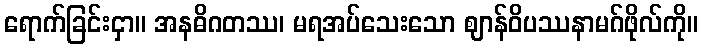
ရောက်ခြင်းငှာ။ အနဓိဂတဿ၊ မရအပ်သေးသော ဈာန်ဝိပဿနာမဂ်ဖိုလ်ကို။